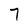
Character: 7